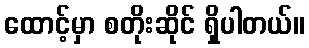
ထောင့်မှာ စတိုးဆိုင် ရှိပါတယ်။